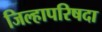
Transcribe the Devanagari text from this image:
जिल्हापरिषदा